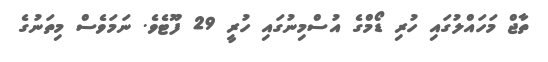
ތާޖް މަހައްލުގައި ހުރި ޑޯމްގެ އުސްމިނުގައި ހުރީ 29 ފޫޓެވެ. ނަމަވެސް މިތަނުގެ